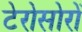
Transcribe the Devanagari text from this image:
टेरोसोरों